Report on vaccination in Madras 1877-1894 - 1877-1894
Year: 1877
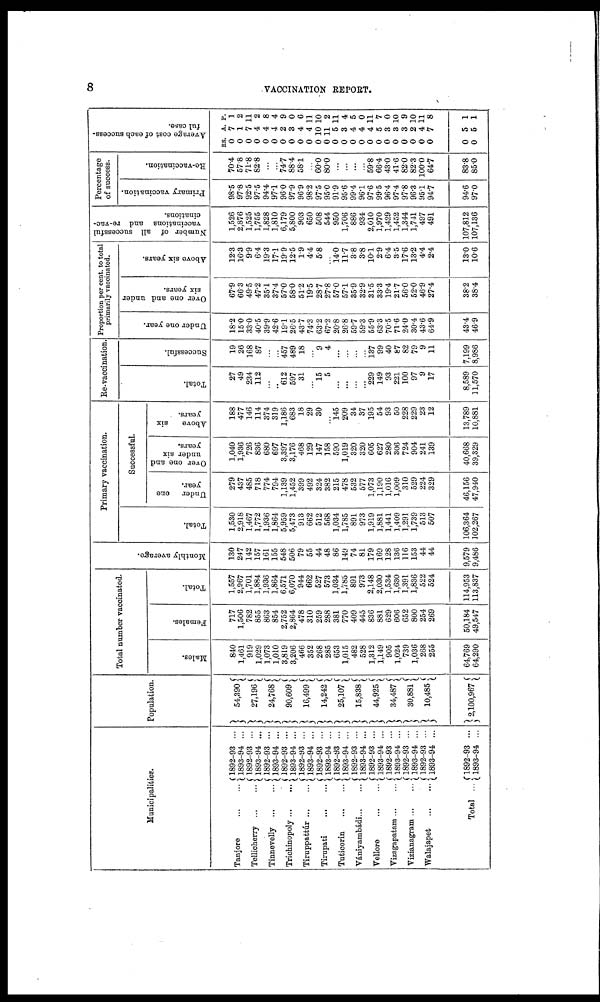
8
VACCINATION REPORT.
Municipalities.
Tanjore
...
...
Tellicherry
...
...
Tinnevelly
...
...
Trichinopoly ... ...
Tiruppattúr ... ...
Tirapati
...
...
Tuticorin
...
...
Vániyambádi ... ...
Vellore
...
...
Vizagapatam ... ...
Vizianagram ... ...
Walajapet
...
...
Total ...
1892-93 ...
1893-94 ...
1892-93 ...
1893-94 ...
1892-93 ...
1893-94 ...
1892-93 ...
1893-94 ...
1892-93 ...
1893-94 ...
1892-93 ...
1893-94 ...
1892-93 ...
1893-94 ...
1892-93 ...
1893-94 ...
1892-93 ...
1893-94 ...
1892-93 ...
1893-94 ...
1892-93 ...
1893-94 ...
1892-93 ...
1893-94 ...
1892-93 ...
1893-94 ...
Population.
54,390
27,196
24,768
90,609
16,499
14,242
25,107
15,838
44,925
34,487
30,881
10,485
2,100,967
Total number vaccinated.
Males.
840
1,461
919
1,029
1,073
1,010
3,819
3,206
466
352
268
285
653
1,015
482
528
1,312
1,149
905
1,024
739
1,036
268
255
64,769
64,290
Females.
717
1,506
782
855
863
854
2,752
2,864
478
310
259
288
381
770
409
445
836
881
629
606
652
800
254
269
50,184
49,547
Total.
1,557
2,967
1,701
1,884
1,936
1,864
6,571
6,070
944
662
527
573
1,034
1,785
891
973
2,148
2,030
1,534
1,630
1,391
1,836
522
524
114,953
113,837
Monthly average.
130
247
142
157
161
155
548
506
79
55
44
48
86
149
74
81
179
169
128
136
116
153
44
44
9,579
9,486
Primary vaccination.
Total.
1,530
2,918
1,467
1,772
1,936
1,864
5,959
5,473
913
662
512
568
1,034
1,785
891
973
1,919
1,881
1,441
1,409
1,291
1,739
513
507
106,364
102,267
Successful.
Under one
year.
279
437
485
718
774
794
1,139
1,452
399
492
324
382
215
478
532
577
1,073
1,190
1,016
1,009
310
529
224
329
46,156
47,940
Over one and
under six
years.
1,040
1,936
726
836
680
697
3,397
3,176
468
129
147
158
590
1,019
320
320
605
627
280
306
724
904
241
139
40,668
39,329
Above
six
years.
188
477
146
114
374
319
1,186
683
18
29
30
...
145
209
34
37
195
54
93
50
228
229
23
12
13,789
10,881
Re-vaccination.
Total.
27
49
234
112
...
...
612
597
31
...
15
5
...
...
...
...
229
149
93
221
100
97
9
17
8,589
11,570
Successful.
19
26
168
87
...
...
457
489
18
...
9
4
...
...
...
...
137
99
40
87
82
79
9
11
7,199
8,986
Proportion per cent. to total
primarily vaccinated.
Under one year.
18.2
15.0
33.0
40.5
39.9
42.6
19.1
26.5
43.7
74.3
63.2
67.2
20.8
26.8
59.7
59.3
55.9
63.3
70.5
71.6
24.0
30.4
43.6
64.9
43.4
46.9
Over one and under
six years.
67.9
66.3
49.5
47.2
35.1
37.4
57.0
58.0
51.2
19.5
28.7
27.8
57.0
57.1
35.9
32.9
31.5
33.3
19.4
21.7
56.0
52.0
46.9
27.4
38.2
38.4
Above six years.
12.3
16.3
9.9
6.4
19.3
17.1
19.9
12.5
1.9
4.4
5.8
...
14.0
11.7
3.8
3.8
10.1
2.9
6.4
3.5
17.6
13.2
4.4
2.4
13.0
10.6
Number of all successful
vaccinations and re-vac-
cinations.
1,526
2,876
1,525
1,755
1,828
1,810
6,179
5,800
903
650
508
544
950
1,706
886
934
2,010
1,970
1,429
1,452
1,344
1,741
497
491
107,812
107,136
Percentage
of success.
Primary vaccination.
98.5
97.8
92.5
97.5
94.4
97.1
96.0
97.9
96.9
98.2
97.5
95.0
91.9
95.6
99.4
96.1
97.6
99.5
96.4
97.4
97.8
96.3
95.1
94.7
94.6
97.0
Re-vaccination.
70.4
57.8
71.8
82.8
...
...
74.7
88.4
58.1
...
60.0
80.0
...
...
...
...
59.8
66.4
43.0
41.6
82.0
82.3
100.0
64.7
83.8
85.0
Average cost of each success¬
ful case.
RS.
0
0
0
0
0
0
0
0
0
0
0
0
0
0
0
0
0
0
0
0
0
0
0
0
0
0
A
7
1
7
4
4
4
2
3
4
4
10
11
5
3
4
4
4
5
3
3
3
2
4
7
5
5
P.
1
2
11
2
8
4
9
0
6
11
10
2
11
4
5
0
11
7
0
10
9
10
11
8
1
1